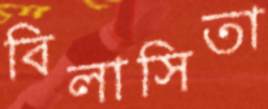
বিলাসিতা